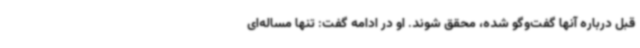
قبل درباره آنها گفت‌وگو شده، محقق شوند. او در ادامه گفت: تنها مساله‌ای